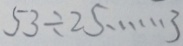
5 3 \div 2 5 \cdots 3